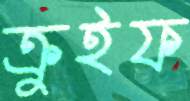
ক্রুইফ